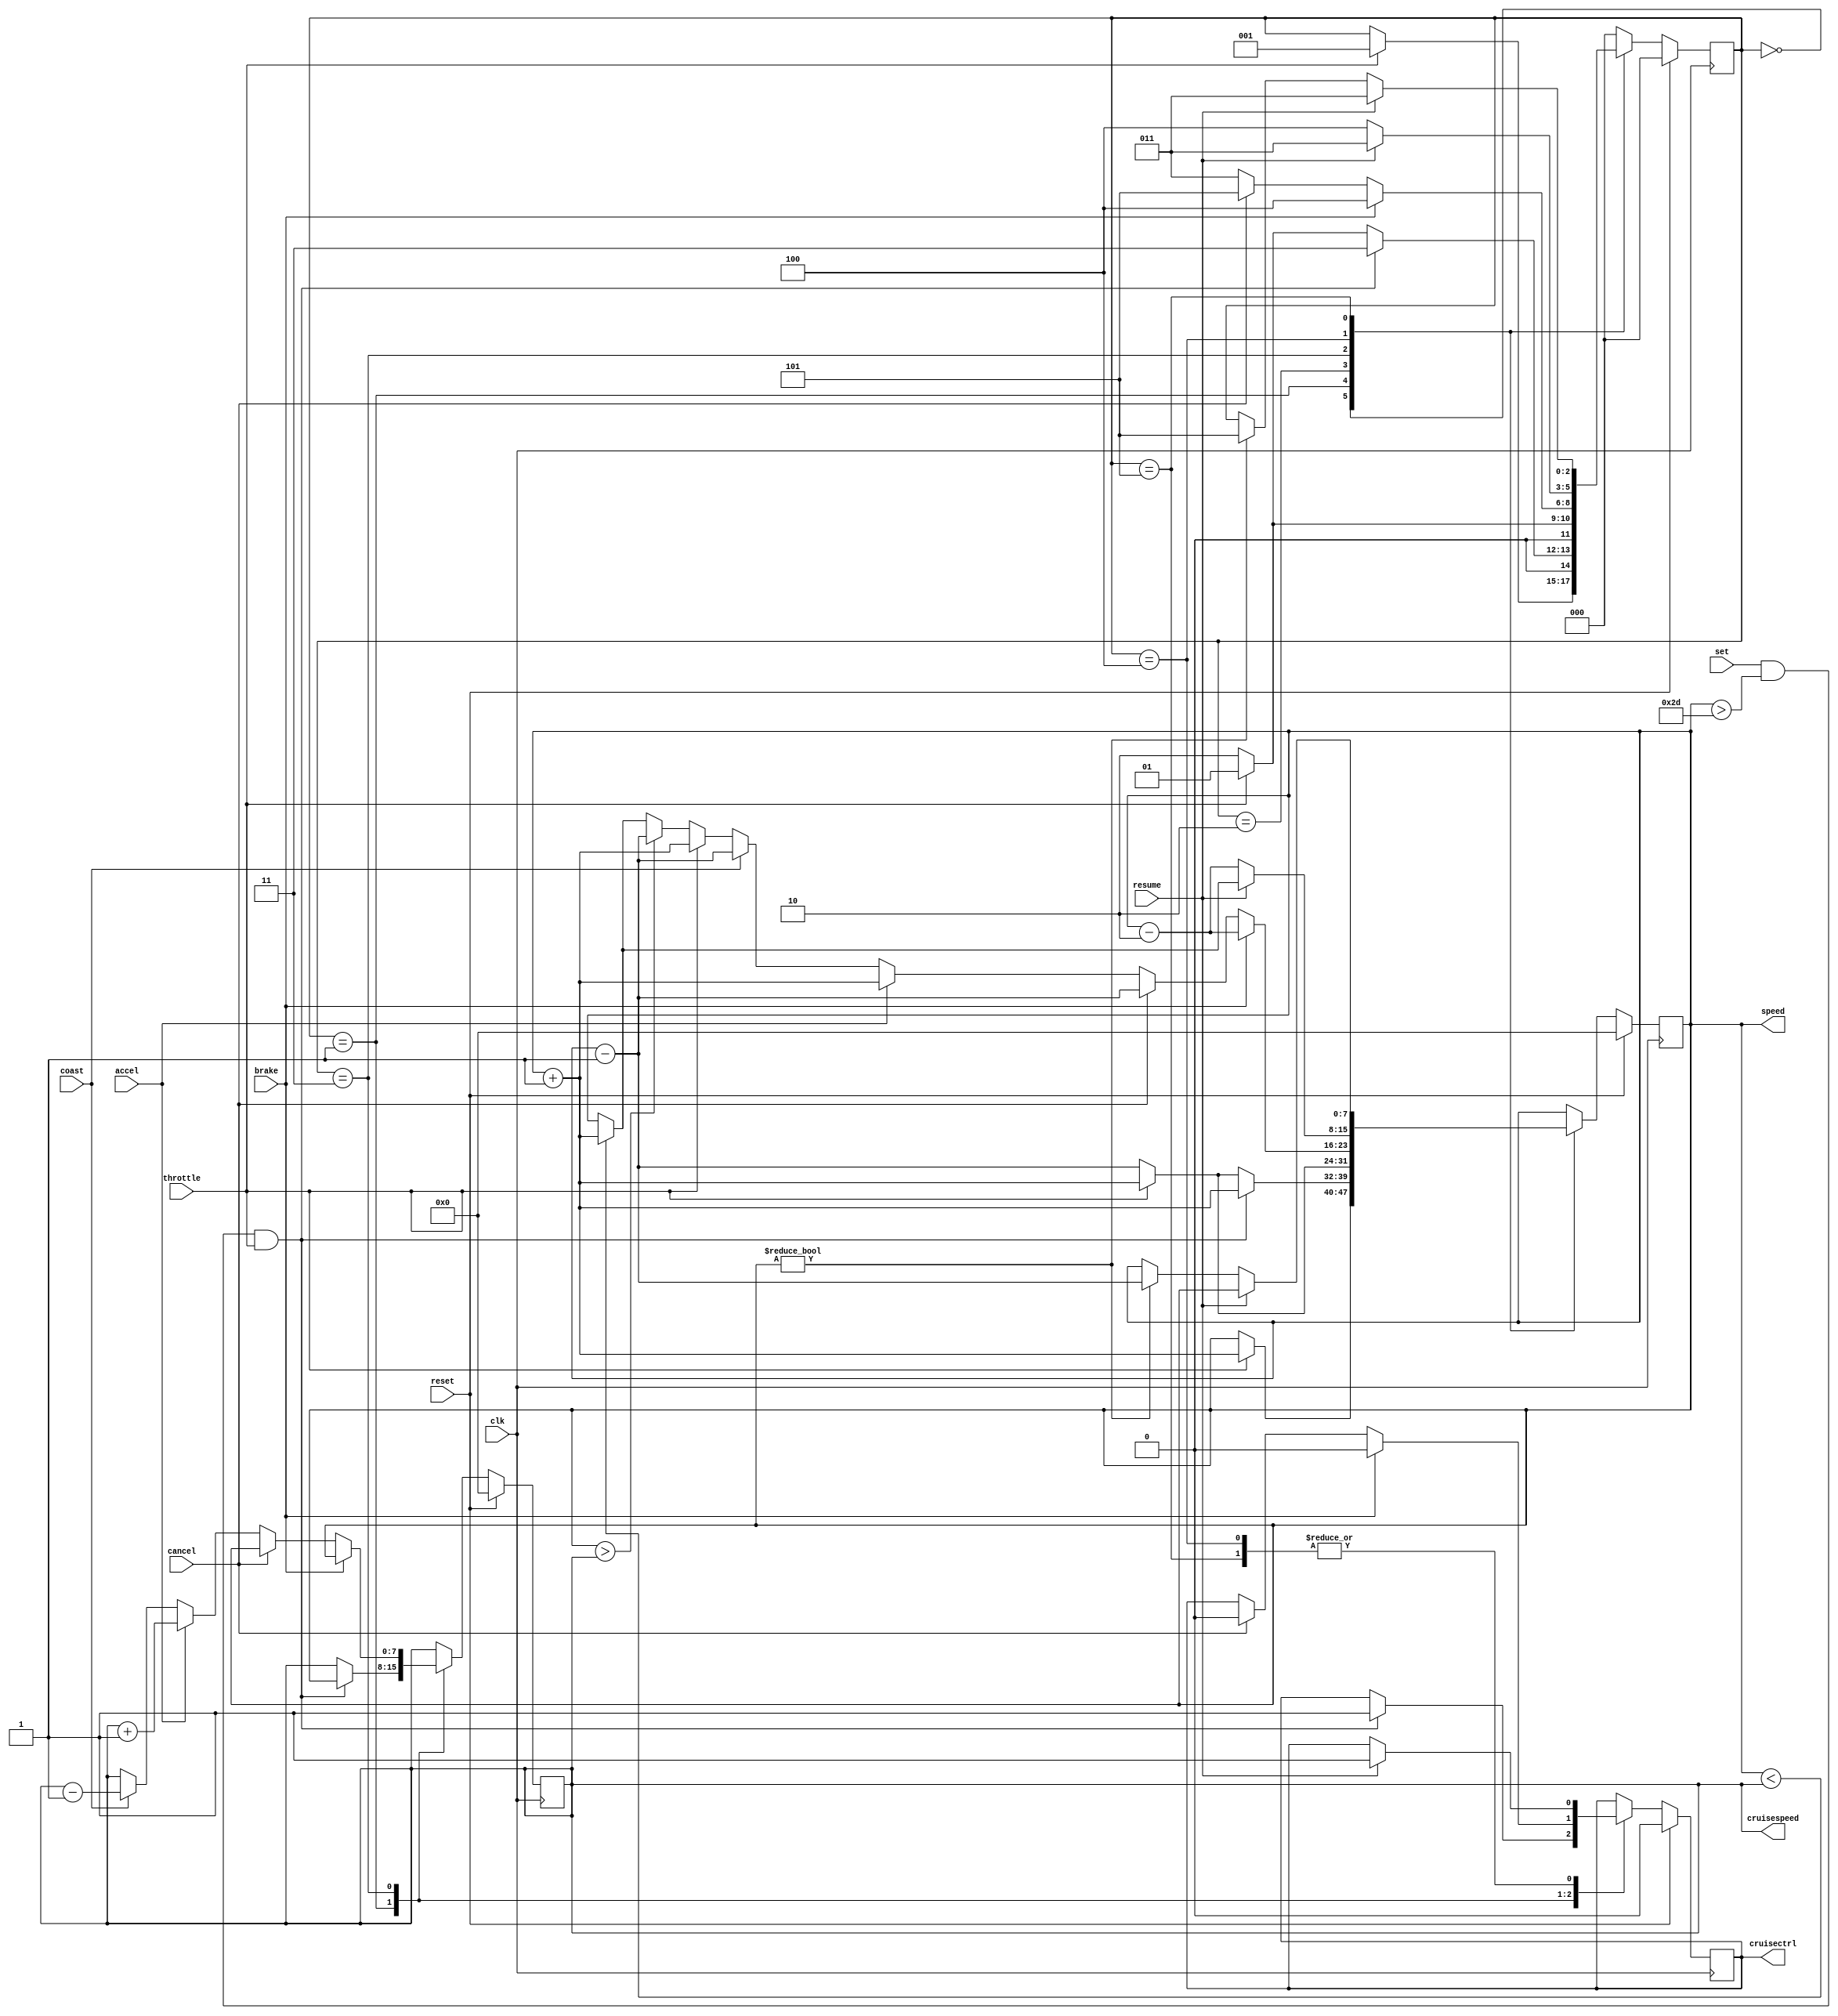
//###########################
//###Verilog of CruiseControl 
//###########################

module cruisecontrol(
clk,
reset,
throttle,
set,
accel,
coast,
cancel,
resume,
brake,
speed,
cruisespeed,
cruisectrl
);

//input and outputs
input clk;
input reset;
input throttle;
input set;
input accel;
input coast;
input cancel;
input resume;
input brake;

wire clk;
wire reset;
wire throttle;
wire set;
wire accel;
wire coast;
wire cancel;
wire resume;
wire brake;

output reg [7:0] speed;
output reg [7:0] cruisespeed;
output reg cruisectrl;

reg [2:0] state;

//States of FSM
parameter INIT = 3'b000;
parameter ACC  = 3'b001;
parameter DEC  = 3'b010;
parameter CRCT = 3'b011;
parameter BRK  = 3'b100;
parameter CNCL = 3'b101;

//code starts here
//

always @(posedge clk)
begin
  if(reset == 1'b1) 
     begin
     state <= INIT;
     speed <= 7'b0;
     cruisespeed <= 7'b0;
     cruisectrl <= 0; 
     end 
  else 
      case(state) 
          INIT:if(throttle == 1'b1) 
		  begin
                  state <= ACC;
                  speed <= speed + 1'b1;
                  end
           ACC:if (set == 1'b1 & speed > 7'b010_1101 & throttle == 1)
                   begin 
                   state <=  CRCT;
		   speed <= speed + 1'b1;
		   cruisespeed <= speed;
                   cruisectrl <= 1'b1;
		   end 
	       else if (throttle == 0)
                   begin
          	   state <=  DEC;
                   speed <= speed - 1'b1;
		   end
               else
                   begin
                   state <=  ACC;
                   speed <= speed + 1'b1;
		   end
           DEC:if (throttle == 1'b1)
		   begin
                   state <=  ACC;
                   speed <= speed + 1'b1;
		   end
               else if(throttle == 0)
		   begin
          	   state <=  DEC;
                   speed <= speed - 1'b1;
                   end
           CRCT:if(brake == 1'b1)
                   begin 
                   state <=  BRK;   
		   speed <= speed - 2'b10;
		   cruisespeed <= speed;
                   cruisectrl <= 1'b0;
  		   end
                else if(cancel == 1'b1)
                   begin
                   state <=  CNCL;
		   cruisespeed <= speed;
                   speed <= speed - 1'b1;
                   cruisectrl <= 1'b0;
                   end   
		else if (accel == 1'b1)
                   begin
                   state <=  CRCT;
                   cruisespeed <= cruisespeed + 1'b1;
                   speed <= speed + 1'b1;
                   end
                else if (coast == 1'b1)
                   begin
                   state <=  CRCT;
                   cruisespeed <= cruisespeed - 1'b1;
                   speed <= speed - 1'b1;
                   end
                else if(throttle == 1'b1)
                   begin
                   state <=  CRCT;
                   speed <= speed + 1'b1;
		   end     
                else if(throttle == 1'b0)
                   begin 
                   state <=  CRCT;
                        if(speed > cruisespeed)
                          begin
 			  speed <= speed - 1'b1;
			  end
                        else if (speed < cruisespeed)
                	begin
                	speed <= speed + 1'b1;
                	end
                   end                 
           BRK:if(resume == 1'b1)
 		begin
		state <=  CRCT;
                cruisectrl <= 1'b1;
		if (speed < cruisespeed)
		begin
		speed <= speed + 1'b1;
		end		
		end  
               else  
		 begin
		   state <=  BRK;
		   speed <= speed - 2'b10;
		 end
           CNCL:if(resume == 1'b1)
 		begin
		state <=  CRCT;
                cruisectrl <= 1'b1;
		end  
               else if (speed != 7'b0) 
		begin
		   state <=  CNCL;
		   speed <= speed - 1'b1;
		end
          default: state <=  INIT;
endcase
end

endmodule